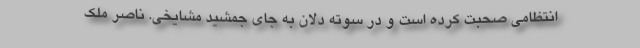
انتظامی صحبت کرده است و در سوته دلان به جای جمشید مشایخی. ناصر ملک